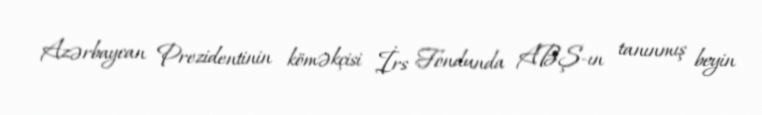
Azərbaycan Prezidentinin köməkçisi İrs Fondunda ABŞ-ın tanınmış beyin